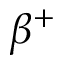
\beta ^ { + }